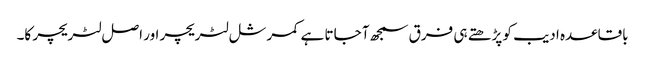
باقاعدہ ادیب کو پڑھتے ہی فرق سمجھ آ جاتا ہے کمرشل لٹریچر اور اصل لٹریچر کا۔